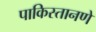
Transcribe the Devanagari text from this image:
पाकिस्तानणे